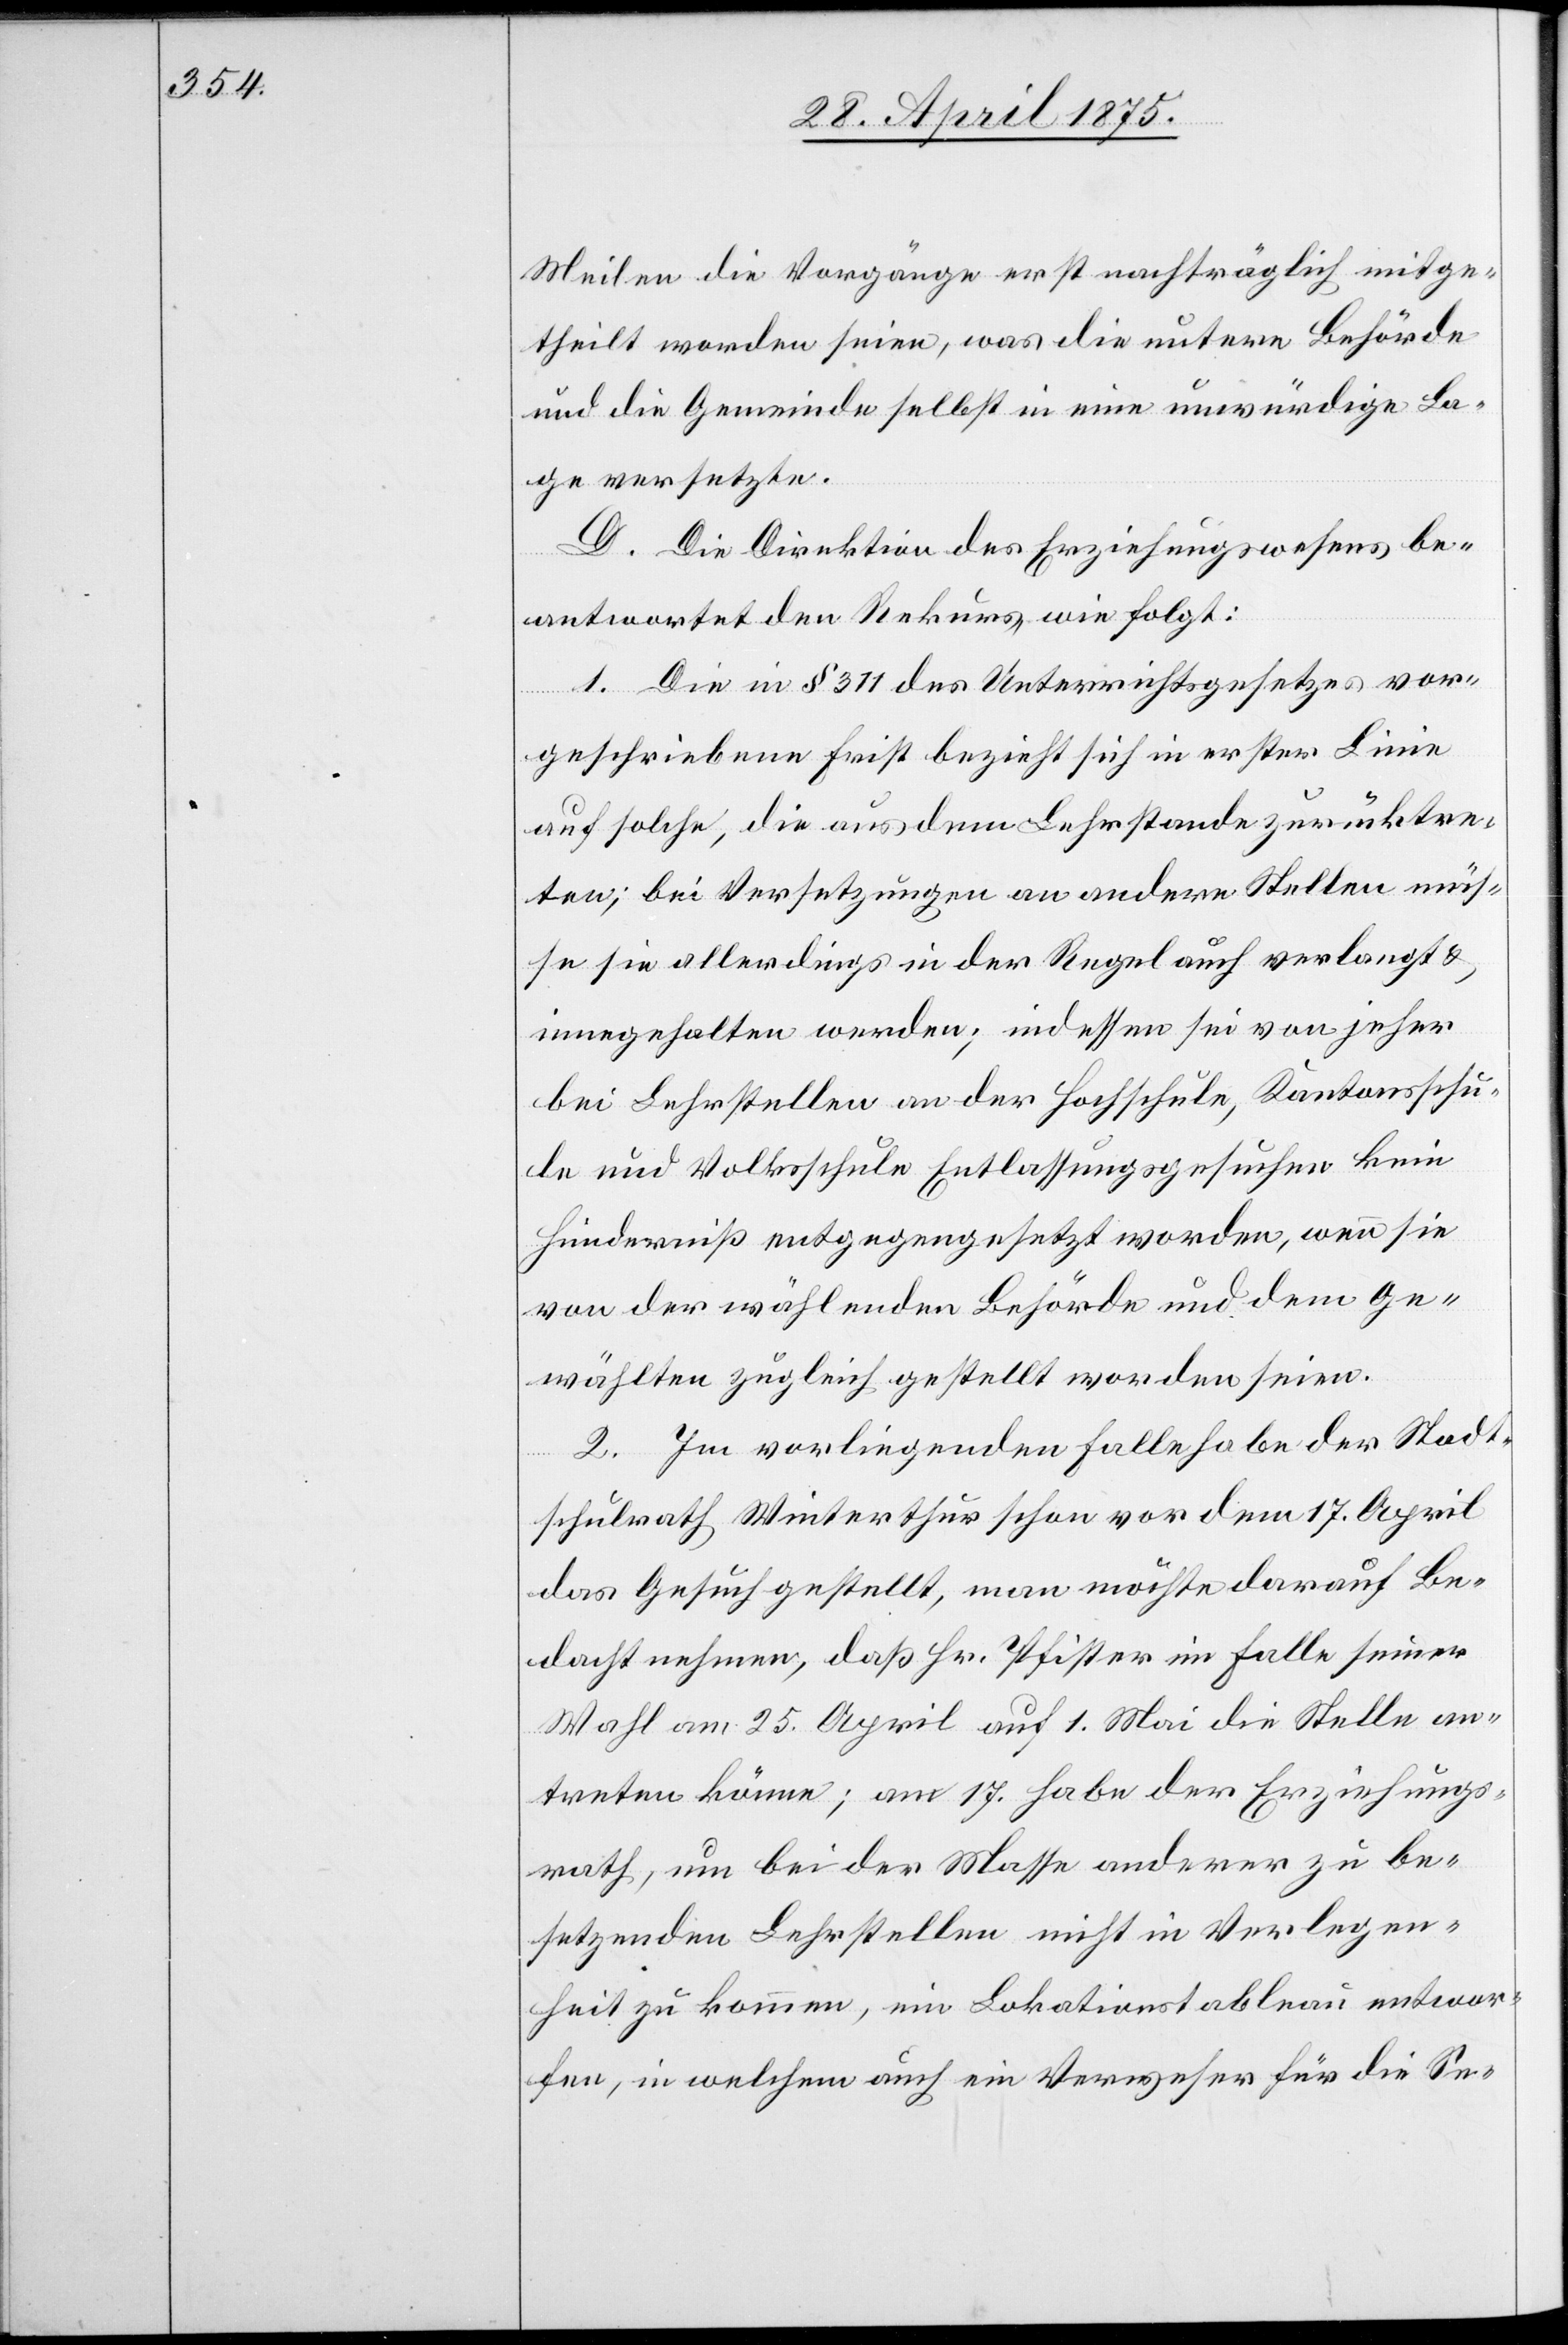
Meilen die Vorgänge erst nachträglich mitge¬
theilt worden seien, was die untere Behörde
und die Gemeinde selbst in eine unwürdige La¬
ge versetzte.
D. Die Direktion des Erziehungswesens be¬
antwortet den Rekurs wie folgt:
1. Die in § 311 des Unterrichtsgesetzes vor¬
geschriebene Frist bezieht sich in erster Linie
auf solche, die aus dem Lehrstande zurücktre¬
ten; bei Versetzungen an andere Stellen müs¬
se sie allerdings in der Regel auch verlangt &
innegehalten werden; indessen sei von jeher
bei Lehrstellen an der Hochschule, Kantonsschu¬
le und Volksschule Entlassungsgesuchen kein
Hinderniß entgegengesetzt worden, wenn sie
von der wählenden Behörde und dem Ge¬
wählten zugleich gestellt worden seien.
2. Im vorliegenden Falle habe der Stadt¬
schulrath Winterthur schon vor dem 17. April
das Gesuch gestellt, man möchte darauf Be¬
dacht nehmen, daß Hr. Pfister im Falle seiner
Wahl am 25. April auf 1. Mai die Stelle an¬
treten könne; am 17. habe der Erziehungs¬
rath, um bei der Masse anderer zu be¬
setzenden Lehrstellen nicht in Verlegen¬
heit zu kommen, ein Lokationstableau entwor¬
fen, in welchem auch ein Verweser für die Se-